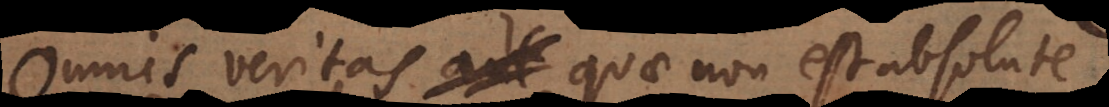
Omnis veritas quae non est absolute